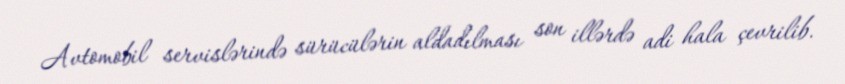
Avtomobil servislərində sürücülərin aldadılması son illərdə adi hala çevrilib.